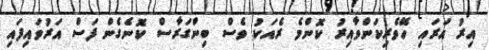
އިރު އަރައި ހޭވެރިކަންވާއިރު ކޮންމެ ރެއަކު ވެސް ބިންގަރާސް ކޮނެގެން ފަސް އަރުވައިފައި